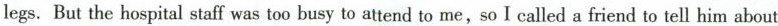
legs. But the hospital staff was too busy to attend to me,so I called a friend to tell him about